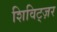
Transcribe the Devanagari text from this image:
शिविट्ज़र